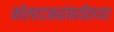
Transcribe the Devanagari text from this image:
कोल्हटकरांपर्यंतच्या